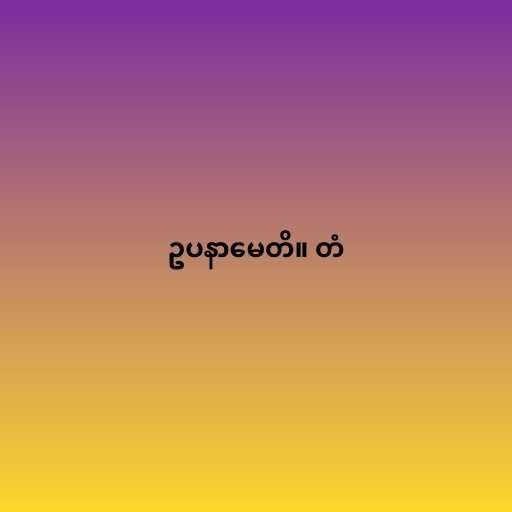
ဥပနာမေတိ။ တံ